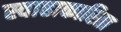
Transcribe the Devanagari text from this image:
स्वाहाकारिता